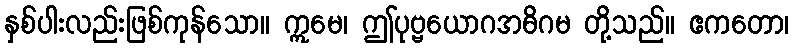
နှစ်ပါးလည်းဖြစ်ကုန်သော။ ဣမေ၊ ဤပုဗ္ဗယောဂအဓိဂမ တို့သည်။ ဧကတော၊